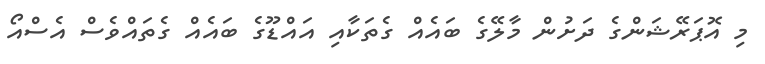
މި އޮޕަރޭޝަންގެ ދަށުން މާލޭގެ ބައެއް ގެތަކާއި އައްޑޫގެ ބައެއް ގެތައްވެސް އެސްއޯ